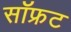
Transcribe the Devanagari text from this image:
सॉफ्रट